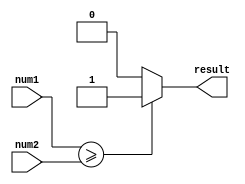
module comparator (
    input [31:0] num1,
    input [31:0] num2,
    output reg result
);

always @* begin
    if (num1 >= num2) begin
        result = 1;
    end else begin
        result = 0;
    end
end

endmodule